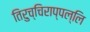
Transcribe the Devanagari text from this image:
तिरुच्चिराप्पल्लि